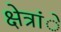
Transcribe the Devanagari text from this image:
क्षेत्रांे